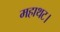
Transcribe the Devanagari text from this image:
महाथट।